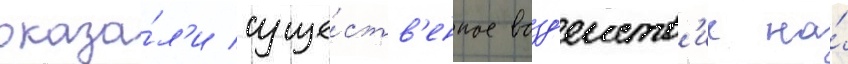
оказа́л'и суще́ств'енное возд'еиств'ие на́